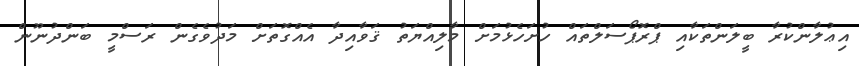
އިޢުލާންކުރާ ބީލަންތަކާއި ޕްރޮޕޯސަލްތައް ހުށަހެޅުމަށް މާލިއްޔަތު ޤަވާއިދާ އެއްގޮތަށް މަދުވެގެން ރަސްމީ ބަންދުނޫން